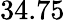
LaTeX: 34.75